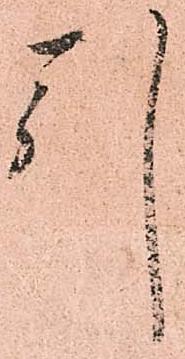
引